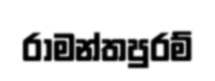
රාමන්තපුරම්